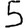
Digit: 5